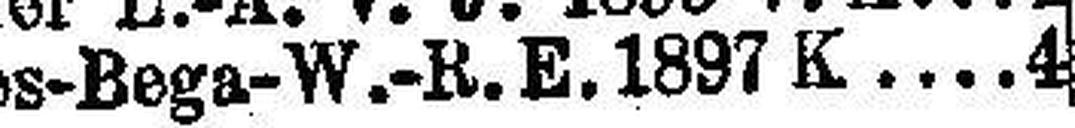
Ternes-Bega-W.-R. E. 1897 K. 4